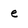
Character: e